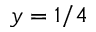
y = 1 / 4